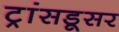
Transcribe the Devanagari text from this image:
ट्रांसडूसर